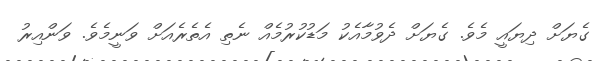
ގެޔަށް ދިޔައީ މެވެ. ގެޔަށް ދެވުމާއެކު މަޑުކުރުމެއް ނެތި އެތެރެއަށް ވަނީމެވެ. ވަންއިރު